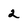
Character: 2